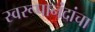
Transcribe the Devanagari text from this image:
स्वरूपानंदांचा